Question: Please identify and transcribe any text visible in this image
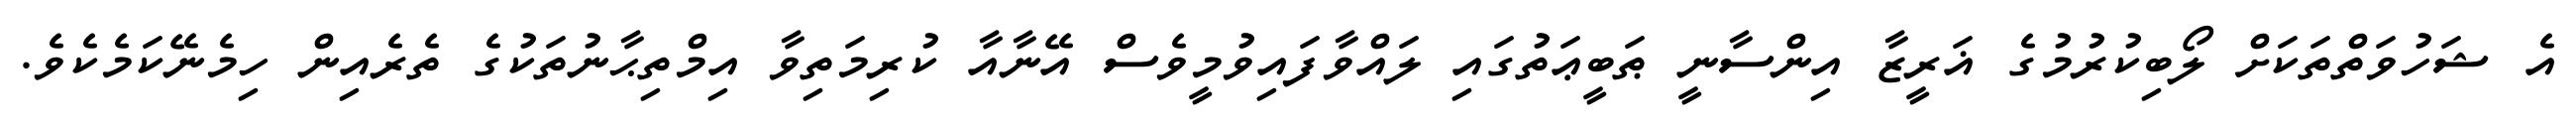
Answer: އެ ޝަހުވަތްތަކަށް ލޯބިކުރުމުގެ ޣަރީޒާ އިންސާނީ ޠަބީޢަތުގައި ލައްވާފައިވުމީވެސް އޭނާއާ ކުރިމަތިވާ އިމްތިޙާނުތަކުގެ ތެރެއިން ހިމެނޭކަމެކެވެ.